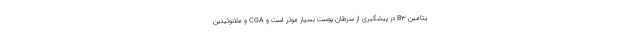
یتامین B3 در پیشگیری از سرطان پوست بسیار موثر است و CGA و ملانوئیدین